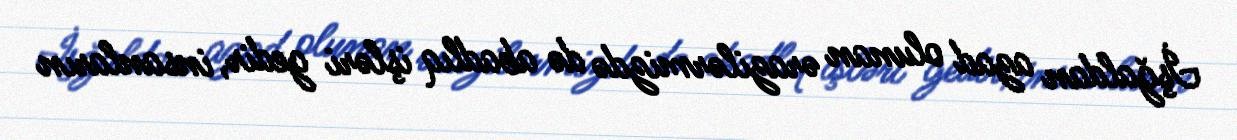
İşğaldan azad olunan ərazilərmizdə də abadlıq işləri gedir, insanların